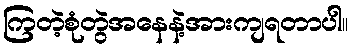
ကြတဲ့စုံတွဲအနေနဲ့အားကျရတာပါ။